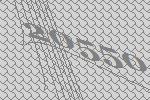
20550